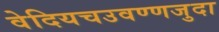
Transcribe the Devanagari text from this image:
वेदियचउवण्णजुदा